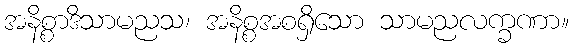
အနိစ္စာဒိသာမညသ၊ အနိစ္စအစရှိသော သာမညလက္ခဏာ။